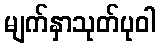
မျက်နှာသုတ်ပုဝါ